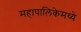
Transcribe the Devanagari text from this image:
महापालिकेमध्ये